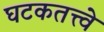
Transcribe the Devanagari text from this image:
घटकतत्त्वे